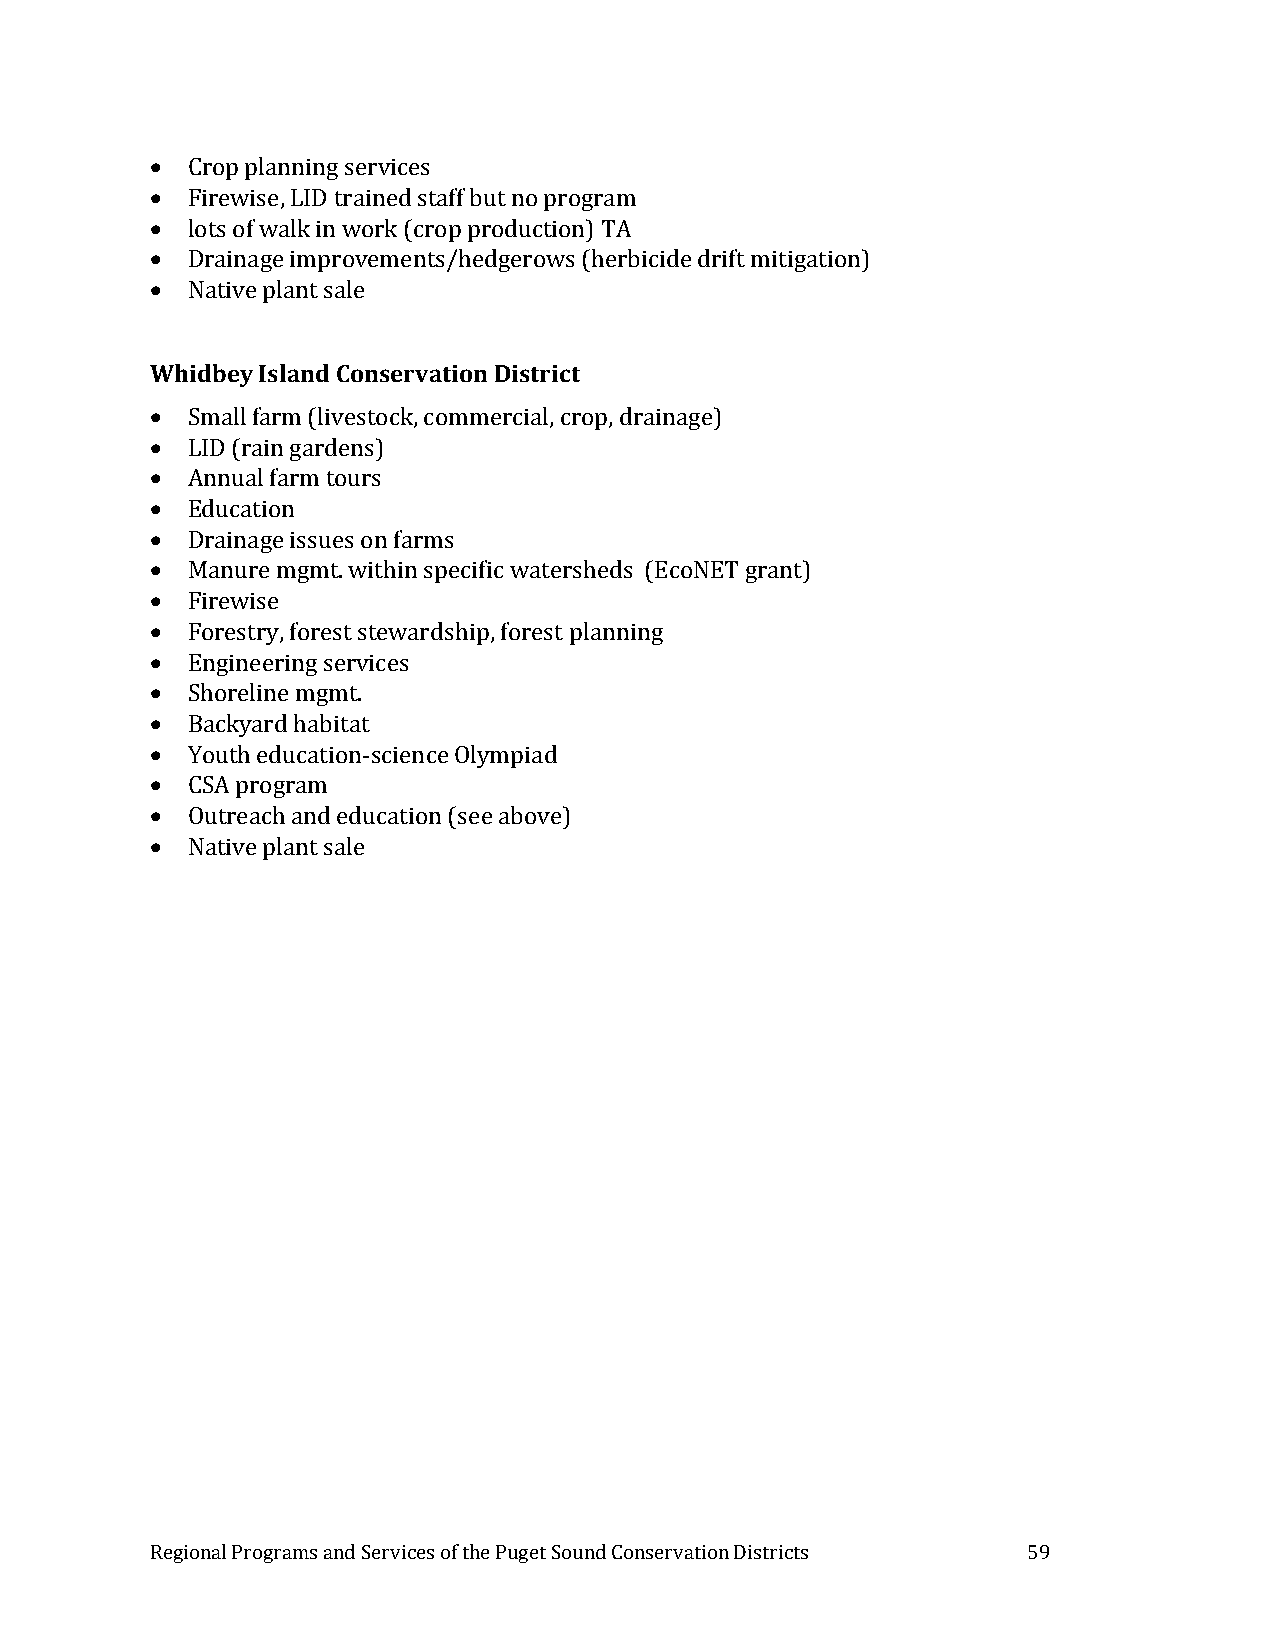
 Crop planning services
  Firewise, LID trained staff but no program
  lots of walk in work (crop production) TA
  Drainage improvements/hedgerows (herbicide drift mitigation)
  Native plant sale
 Whidbey Island Conservation District
  Small farm (livestock, commercial, crop, drainage)
  LID (rain gardens)
  Annual farm tours
  Education
  Drainage issues on farms
  Manure mgmt. within specific watersheds (EcoNET grant)
  Firewise
  Forestry, forest stewardship, forest planning
  Engineering services
  Shoreline mgmt.
  Backyard habitat
  Youth education-science Olympiad
  CSA program
  Outreach and education (see above)
  Native plant sale
 Regional Programs and Services of the Puget Sound Conservation Districts 59